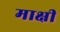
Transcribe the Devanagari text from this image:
माक्षी